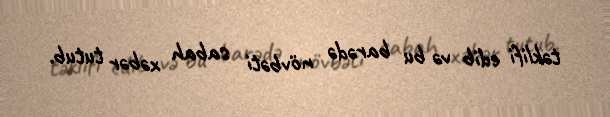
təklifi edib və bu barədə növbəti sabah xəbər tutub.